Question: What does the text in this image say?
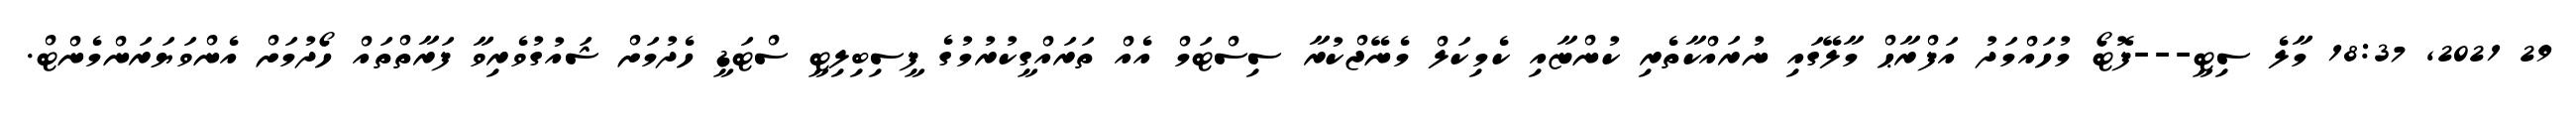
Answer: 29 2021, 18:37 މާލެ ސިޓީ---ފޮޓޯ މުހައްމަދު އަފްރާޙް މާލޭގައި ނުރައްކާތެރި ކުންޏާއި ކެމިކަލް މެނޭޖްކުރާ ސިސްޓަމް އެއް ތަރައްގީކުރުމުގެ ފީސިބިލިޓީ ސްޓަޑީ ހެދުމަށް ޝައުގުވެރިވާ ފަރާތްތައް ހޯދުމަށް އެންވަޔަރަންމެންޓް.